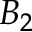
B _ { 2 }